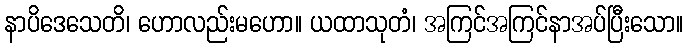
နာပိဒေသေတိ၊ ဟောလည်းမဟော။ ယထာသုတံ၊ အကြင်အကြင်နာအပ်ပြီးသော။